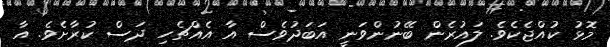
މޮޅު ކުއްޖެކެވެ. ލައުރެން ބޭނުންވަނީ އަބަދުވެސް އާ އެއްޗެހި ދަަސް ކުރާށެވެ. އާ